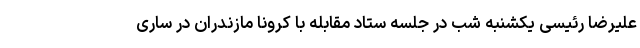
علیرضا رئیسی یکشنبه شب در جلسه ستاد مقابله با کرونا مازندران در ساری